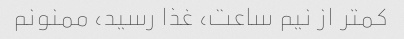
کمتر از نیم ساعت، غذا رسید، ممنونم